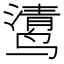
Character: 𲎄